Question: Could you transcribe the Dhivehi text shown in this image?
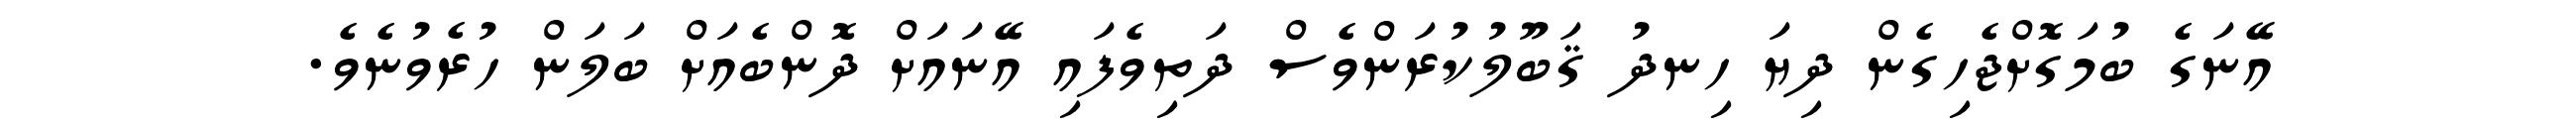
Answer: އޭނަގެ ބުމަގޮށްޖެހިގެން ދިޔަ ހިނދު ޤަބޫލުކުރަންވެސް ދަތިވެފައި އޭނައަށް ދޮންބެއަށް ބަލަން ހުރެވުނެވެ.